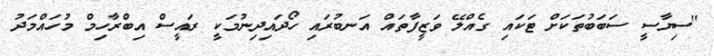
"ސިޔާސީ ސަބަބުތަކަށް ޓަކައި ގެއްލޭ ވަޒީފާތައް އަނބުރައި ހޯދައިދިނުމަކީ ރައީސް އިބްރާހިމް މުހައްމަދު